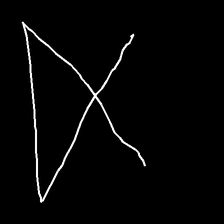
Glyph: collection